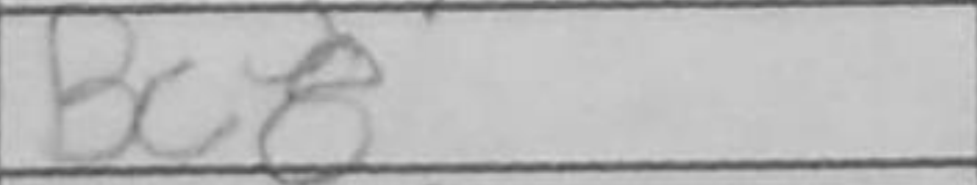
Transcription: Bc8